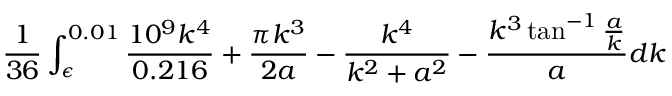
\frac { 1 } { 3 6 } \int _ { \epsilon } ^ { 0 . 0 1 } \frac { 1 0 ^ { 9 } k ^ { 4 } } { 0 . 2 1 6 } + \frac { \pi k ^ { 3 } } { 2 a } - \frac { k ^ { 4 } } { k ^ { 2 } + a ^ { 2 } } - \frac { k ^ { 3 } \tan ^ { - 1 } \frac { a } { k } } { a } d k